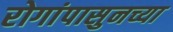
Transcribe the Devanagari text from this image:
रोगांपासुनच्या